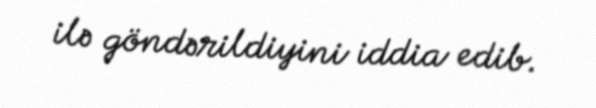
ilə göndərildiyini iddia edib.